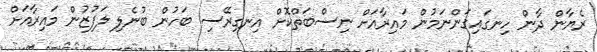
ރެޔާން ދާން ހިނގައިގަންނަމުން މައިރާއަށް ނިސްބަތްކޮށް އިނގިރޭސި ބަހުން ބުނެލި ލަފުޒުން މައިރާއަށް